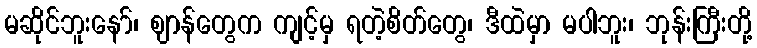
မဆိုင်ဘူးနော်၊ ဈာန်တွေက ကျင့်မှ ရတဲ့စိတ်တွေ၊ ဒီထဲမှာ မပါဘူး၊ ဘုန်းကြီးတို့